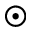
_ { \odot }